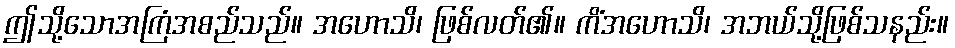
ဤသို့သောအကြံအစည်သည်။ အဟောသိ၊ ဖြစ်လတ်၏။ ကိံအဟောသိ၊ အဘယ်သို့ဖြစ်သနည်း။